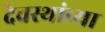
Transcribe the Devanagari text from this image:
देवस्थांच्या